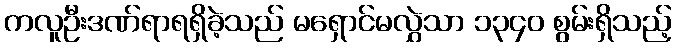
ကလူဦးဒဏ်ရာရရှိခဲ့သည် မရှောင်မလွှဲသာ ၁၃၄၀ စွမ်းရှိသည့်